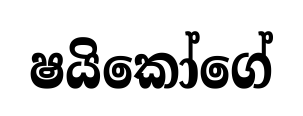
ෂයිකෝගේ